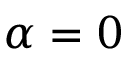
\alpha = 0